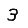
Digit: 3